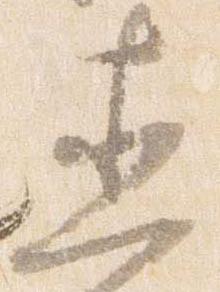
直